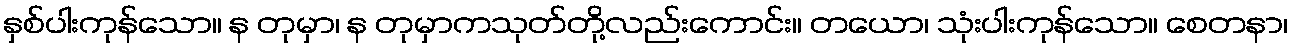
နှစ်ပါးကုန်သော။ န တုမှာ၊ န တုမှာကသုတ်တို့လည်းကောင်း။ တယော၊ သုံးပါးကုန်သော။ စေတနာ၊